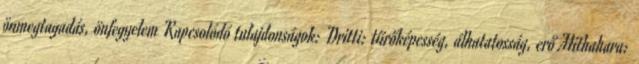
önmegtagadás, önfegyelem Kapcsolódó tulajdonságok: Dritti: tűrőképesség, álhatatosság, erő Mithahara: